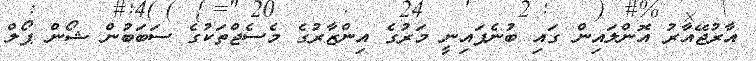
އާރުޖޭއާރު އޮންލައިން ގައި ބުނެފައިނީ މަރުގެ އިންޒާރުގެ މެސެޖްތަކުގެ ސަބަބުން ޝޯން ޕޯލް